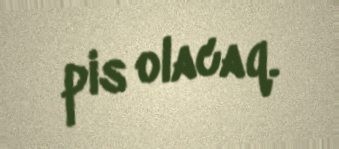
pis olacaq.